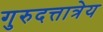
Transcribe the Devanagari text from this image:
गुरुदत्तात्रेय